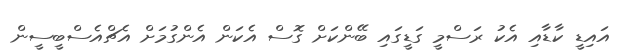
އައިޑީ ކާޑާއި އެކު ރަސްމީ ގަޑީގައި ބޭންކަށް ގޮސް އެކަން އެންގުމަށް އެޗްއެސްބީސީން